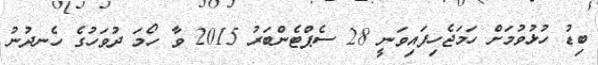
ބިޑު ހުޅުވުމަށް ހަމަޖެހިފައިވަނީ 28 ސެޕްޓެންބަރު 2015 ވާ ހޯމަ ދުވަހުގެ ހެނދުނު